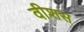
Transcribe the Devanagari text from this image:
वीशस